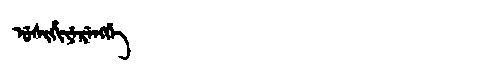
Manchu: ᡠᠰᡳᡥᡳᠶᡝᡵᡝᠩᡤᡝ
Romanization: USIHIYERENGGE